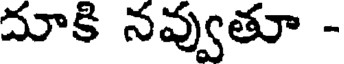
దూకి నవ్వుతూ -